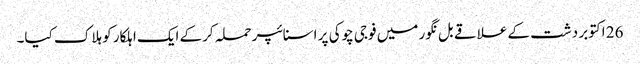
26 اکتوبر دشت کے علاقے بل نگور میں فوجی چوکی پر اسنائپر حملہ کرکے ایک اہلکار کو ہلاک کیا۔